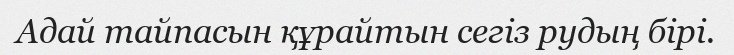
Адай тайпасын құрайтын сегіз рудың бірі.